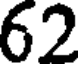
62